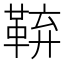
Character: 𮧜